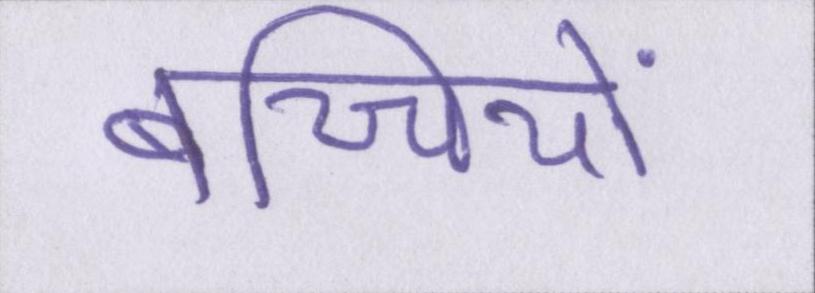
बच्चियों